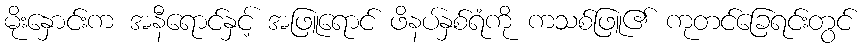
မိုးနှောင်းက အနီရောင်နှင့် အဖြူရောင် ဖိနပ်နှစ်ရံကို ကသစ်ဖြူ၏ ကုတင်ခြေရင်းတွင်